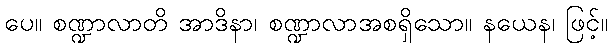
ပေ။ စဏ္ဍာလာတိ အာဒိနာ၊ စဏ္ဍာလာအစရှိသော။ နယေန၊ ဖြင့်။